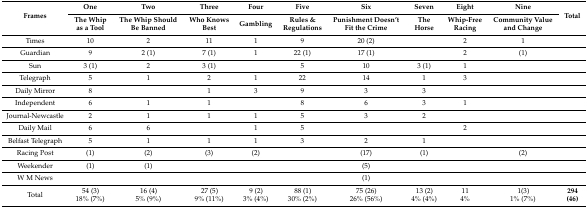
| <ROWSPAN=2> Frames | One | Two | Three | Four | Five | Six | Seven | Eight | Nine | <ROWSPAN=2> Total |
 | The Whip as a Tool | The Whip Should Be Banned | Who Knows Best | Gambling | Rules & Regulations | Punishment Doesn’t Fit the Crime | The Horse | Whip-Free Racing | Community Value and Change |
 | --- | --- | --- | --- | --- | --- | --- | --- | --- | --- | --- |
 | Times | 10 | 2 | 11 | 1 | 9 | 20 (2) |  | 2 | 1 |  |
 | Guardian | 9 | 2 (1) | 7 (1) | 1 | 22 (1) | 17 (1) |  | 2 | (1) |  |
 | Sun | 3 (1) | 2 | 3 (1) |  | 5 | 10 | 3 (1) | 1 |  |  |
 | Telegraph | 5 | 1 | 2 | 1 | 22 | 14 | 1 | 3 |  |  |
 | Daily Mirror | 8 |  | 1 | 3 | 9 | 3 | 3 |  |  |  |
 | Independent | 6 | 1 | 1 |  | 8 | 6 | 3 | 1 |  |  |
 | Journal-Newcastle | 2 | 1 | 1 | 1 | 5 | 3 | 2 |  |  |  |
 | Daily Mail | 6 | 6 |  | 1 | 5 |  |  | 2 |  |  |
 | Belfast Telegraph | 5 | 1 | 1 | 1 | 3 | 2 | 1 |  |  |  |
 | Racing Post | (1) | (2) | (3) | (2) |  | (17) | (1) |  | (2) |  |
 | Weekender | (1) | (1) |  |  |  | (5) |  |  |  |  |
 | W M News |  |  |  |  |  | (1) |  |  |  |  |
 | Total | 54 (3)18% (7%) | 16 (4)5% (9%) | 27 (5)9% (11%) | 9 (2)3% (4%) | 88 (1)30% (2%) | 75 (26)26% (56%) | 13 (2)4% (4%) | 114% | 1(3)1% (7%) | 294 (46) |